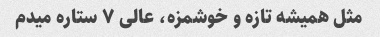
مثل همیشه تازه و خوشمزه، عالی ۷ ستاره میدم